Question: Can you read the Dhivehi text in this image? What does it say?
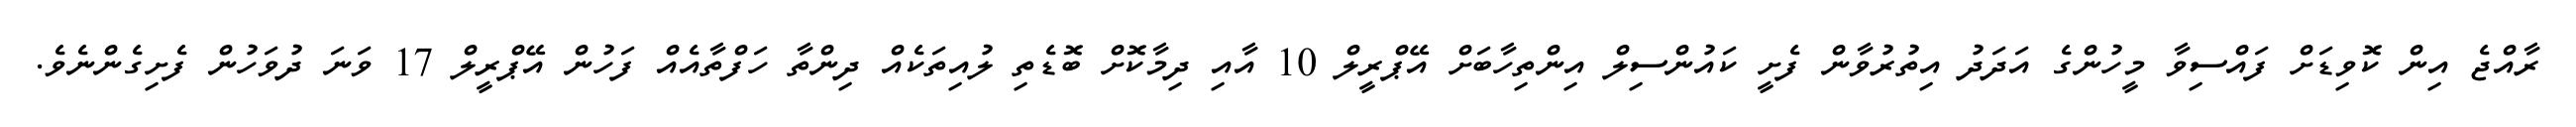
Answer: ރާއްޖެ އިން ކޮވިޑަށް ފައްސިވާ މީހުންގެ އަދަދު އިތުރުވާން ފެށީ ކައުންސިލް އިންތިހާބަށް އޭޕްރީލް 10 އާއި ދިމާކޮށް ބޮޑެތި ލުއިތަކެއް ދިންތާ ހަފްތާއެއް ފަހުން އޭޕްރީލް 17 ވަނަ ދުވަހުން ފެށިގެންނެވެ.